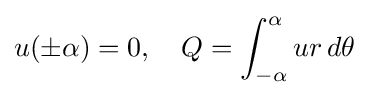
u(\pm \alpha )=0,\quad Q=\int _{-\alpha }^{\alpha }ur\,d\theta